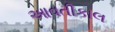
આવતીકાલ